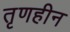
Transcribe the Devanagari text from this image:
तृणहीन